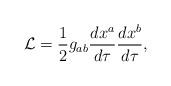
LaTeX: \begin{align*}{\cal L} = \frac12 g_{ab}\frac{dx^a}{d\tau} \frac{dx^b}{d\tau}, \end{align*}